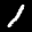
Label: 1